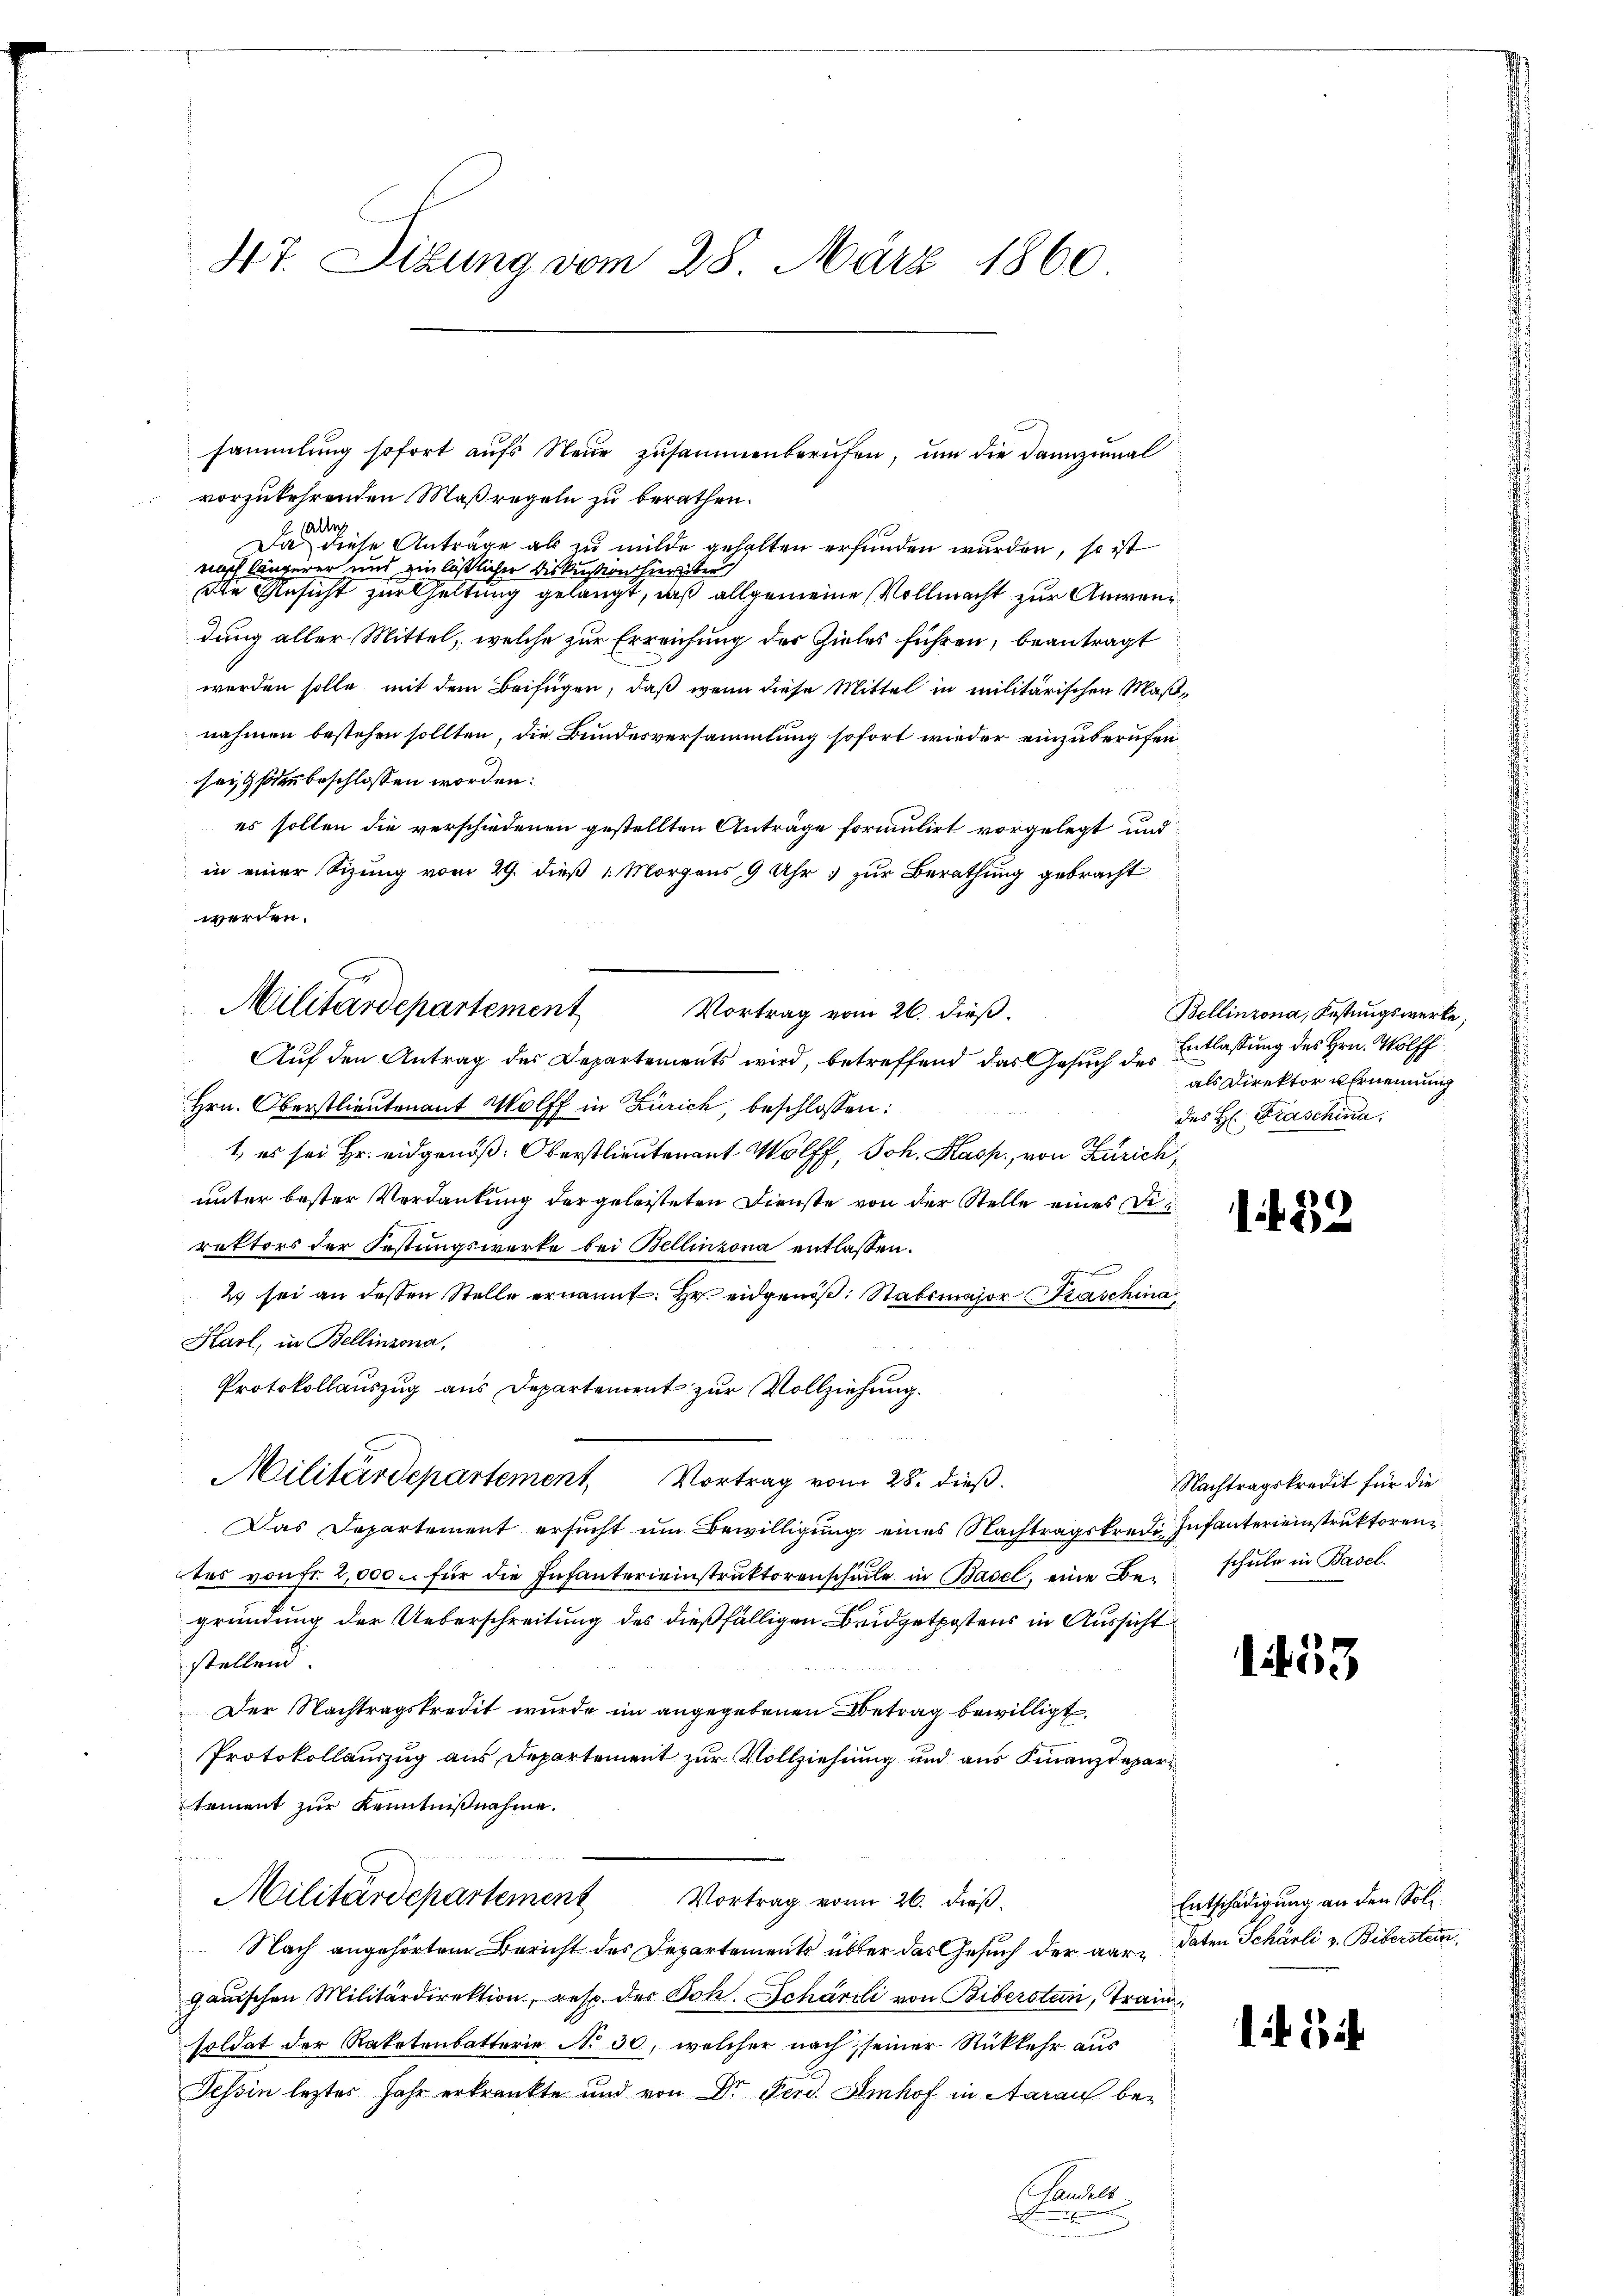
47. Sizung vom 28. März 1860

vorzukehrenden Maßregeln zu berathen.
faltig
Da diese Anträge als zu milde gehalten erfunden wurden, so ist
nach längerer und einläßlicher Diskussion hierüber
die Ansicht zur haltung gelangt, daß allgemeine Vollmacht zur Anwendung aller Mittel, welche zur Erreichung der Zieles führen, beantragt
werden solle, mit dem Beifügen, daß wenn diese Mittel in militärischen Maßnahmen bestehen sollten, die Bundesversammlung sofort wieder einzuberufen.
sei, so beschlossen worden:
es sollen die verschiedenen gestellten Anträge formulirt vorgelegt und
in einer Sizung vom 29. dieß „Morgens, 9 Uhr zur Berathung gebracht
werden.
Vortrag vom 26. dieß.
Auf den Antrag des Departements wird, betreffend das Gesuch des
Hrn. Oberstlieutenant Wolff in Zürich, beschlossen:
1, es sei Hr. eidgenöß: Oberstlieutenant Wolff, Joh. Kasp., von Zürich,
unter bester Verdankung der geleisteten Dienste von der Stelle eines Direktors der Festungswerke bei Bellinzona entlassen.
t
2 sei an dessen Stelle ernannt: Hr. eidgenoß: Stabsmajor Caschina
Karl, in Bellinzona,
Protokollauszug aus Departement zur Vollziehung.
.
Militärdepartement Vortrag vom 28. dieß.
Das Departement ersŭcht ŭm Bewilligŭng eines Nachtragskredi Infanterieinstruktoren
tes von fr. 2,000. für die Infantereinstrŭktorenschule in Basel, eine Be- schŭle in Basel.
gründung der Ueberschreitung des dießfälligen Beidgetpostens in Aussicht
stellend
Der Nachtragskredit wurde im angegebenen Betrag bewilligt.
e
Protokollauszug aus Departement zur Vollziehung und aus Finanzdepartement zur Kenntnißnahme.

Militärdepartement Vortrag von 26. dieß.
Nach angehörtem Bericht des Departements über das Gesuch der aar-Paten Schärli v. Biberstein
ganischen Militärdirektion, resp. der Joh. Schärtli von Biberstein, Train
soldat der Raketenbatterie No 30, welcher nach seiner Rückkehr aus
Tessin leztes Jahr erkrankte und von Dr. Ferd. Amhof in Aarau beandels
e

Militärdepartement

sammlung sofort aufs Neue zusammenberufen, um die dannzumal

Bellinzona, Kastungswerke;
Entlassung des Hrn. Wolff
als Direktor u Ernennung
des H: Fraschina

if. 32

Nachtragskredit für die

133

Entschädigung an den Sol¬